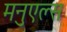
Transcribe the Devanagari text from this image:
मनुएल्स